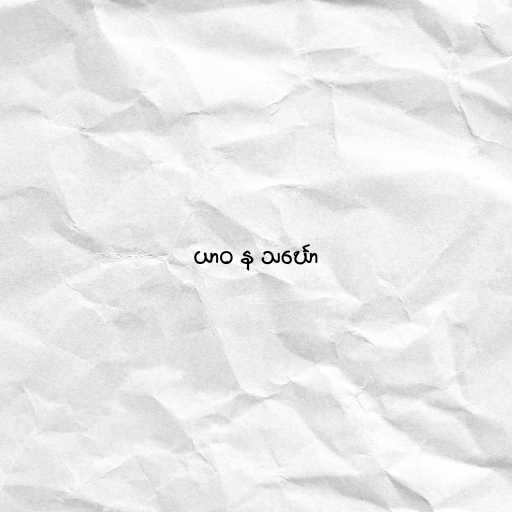
ယာဝ န သင်္ဃော